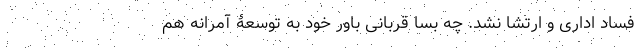
فساد اداری و ارتشا نشد. چه بسا قربانی باور خود به توسعۀ آمرانه هم